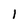
Character: l